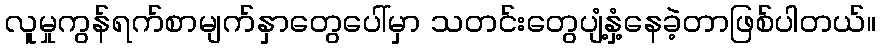
လူမှုကွန်ရက်စာမျက်နှာတွေပေါ်မှာ သတင်းတွေပျံ့နှံ့နေခဲ့တာဖြစ်ပါတယ်။